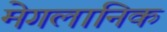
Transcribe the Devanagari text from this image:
मेगलानिक